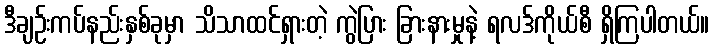
ဒီချဉ်းကပ်နည်းနှစ်ခုမှာ သိသာထင်ရှားတဲ့ ကွဲပြား ခြားနားမှုနဲ့ ရလဒ်ကိုယ်စီ ရှိကြပါတယ်။